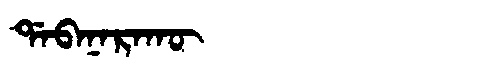
Manchu: ᡩᠠᠪᠠᠨᠠᡵᠠᡴᡡ
Romanization: DABANARAKŪ